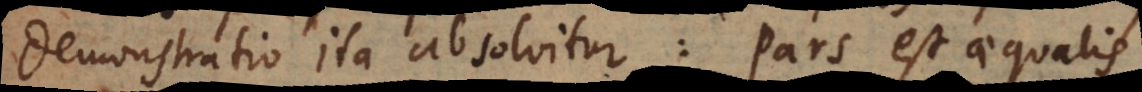
Demonstratio ita absolvitur: Pars est aequalis